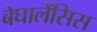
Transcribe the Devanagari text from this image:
बेघालेंसिस